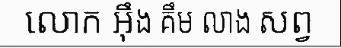
លោក អ៊ឹង គឹម លាង សព្វ